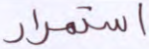
استمرار